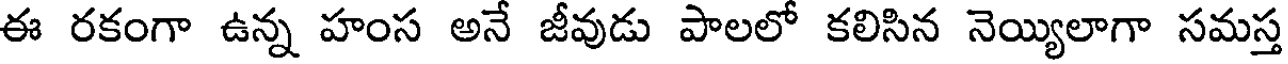
ఈ రకంగా ఉన్న హంస అనే జీవుడు పాలలో కలిసిన నెయ్యిలాగా సమస్త